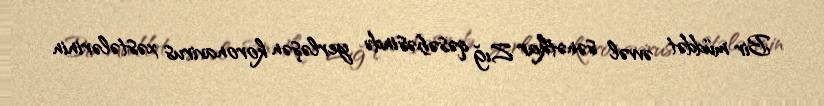
Bir müddət əvvəl sənətkar Zığ qəsəbəsində yerləşən koronavirus xəstələrinin